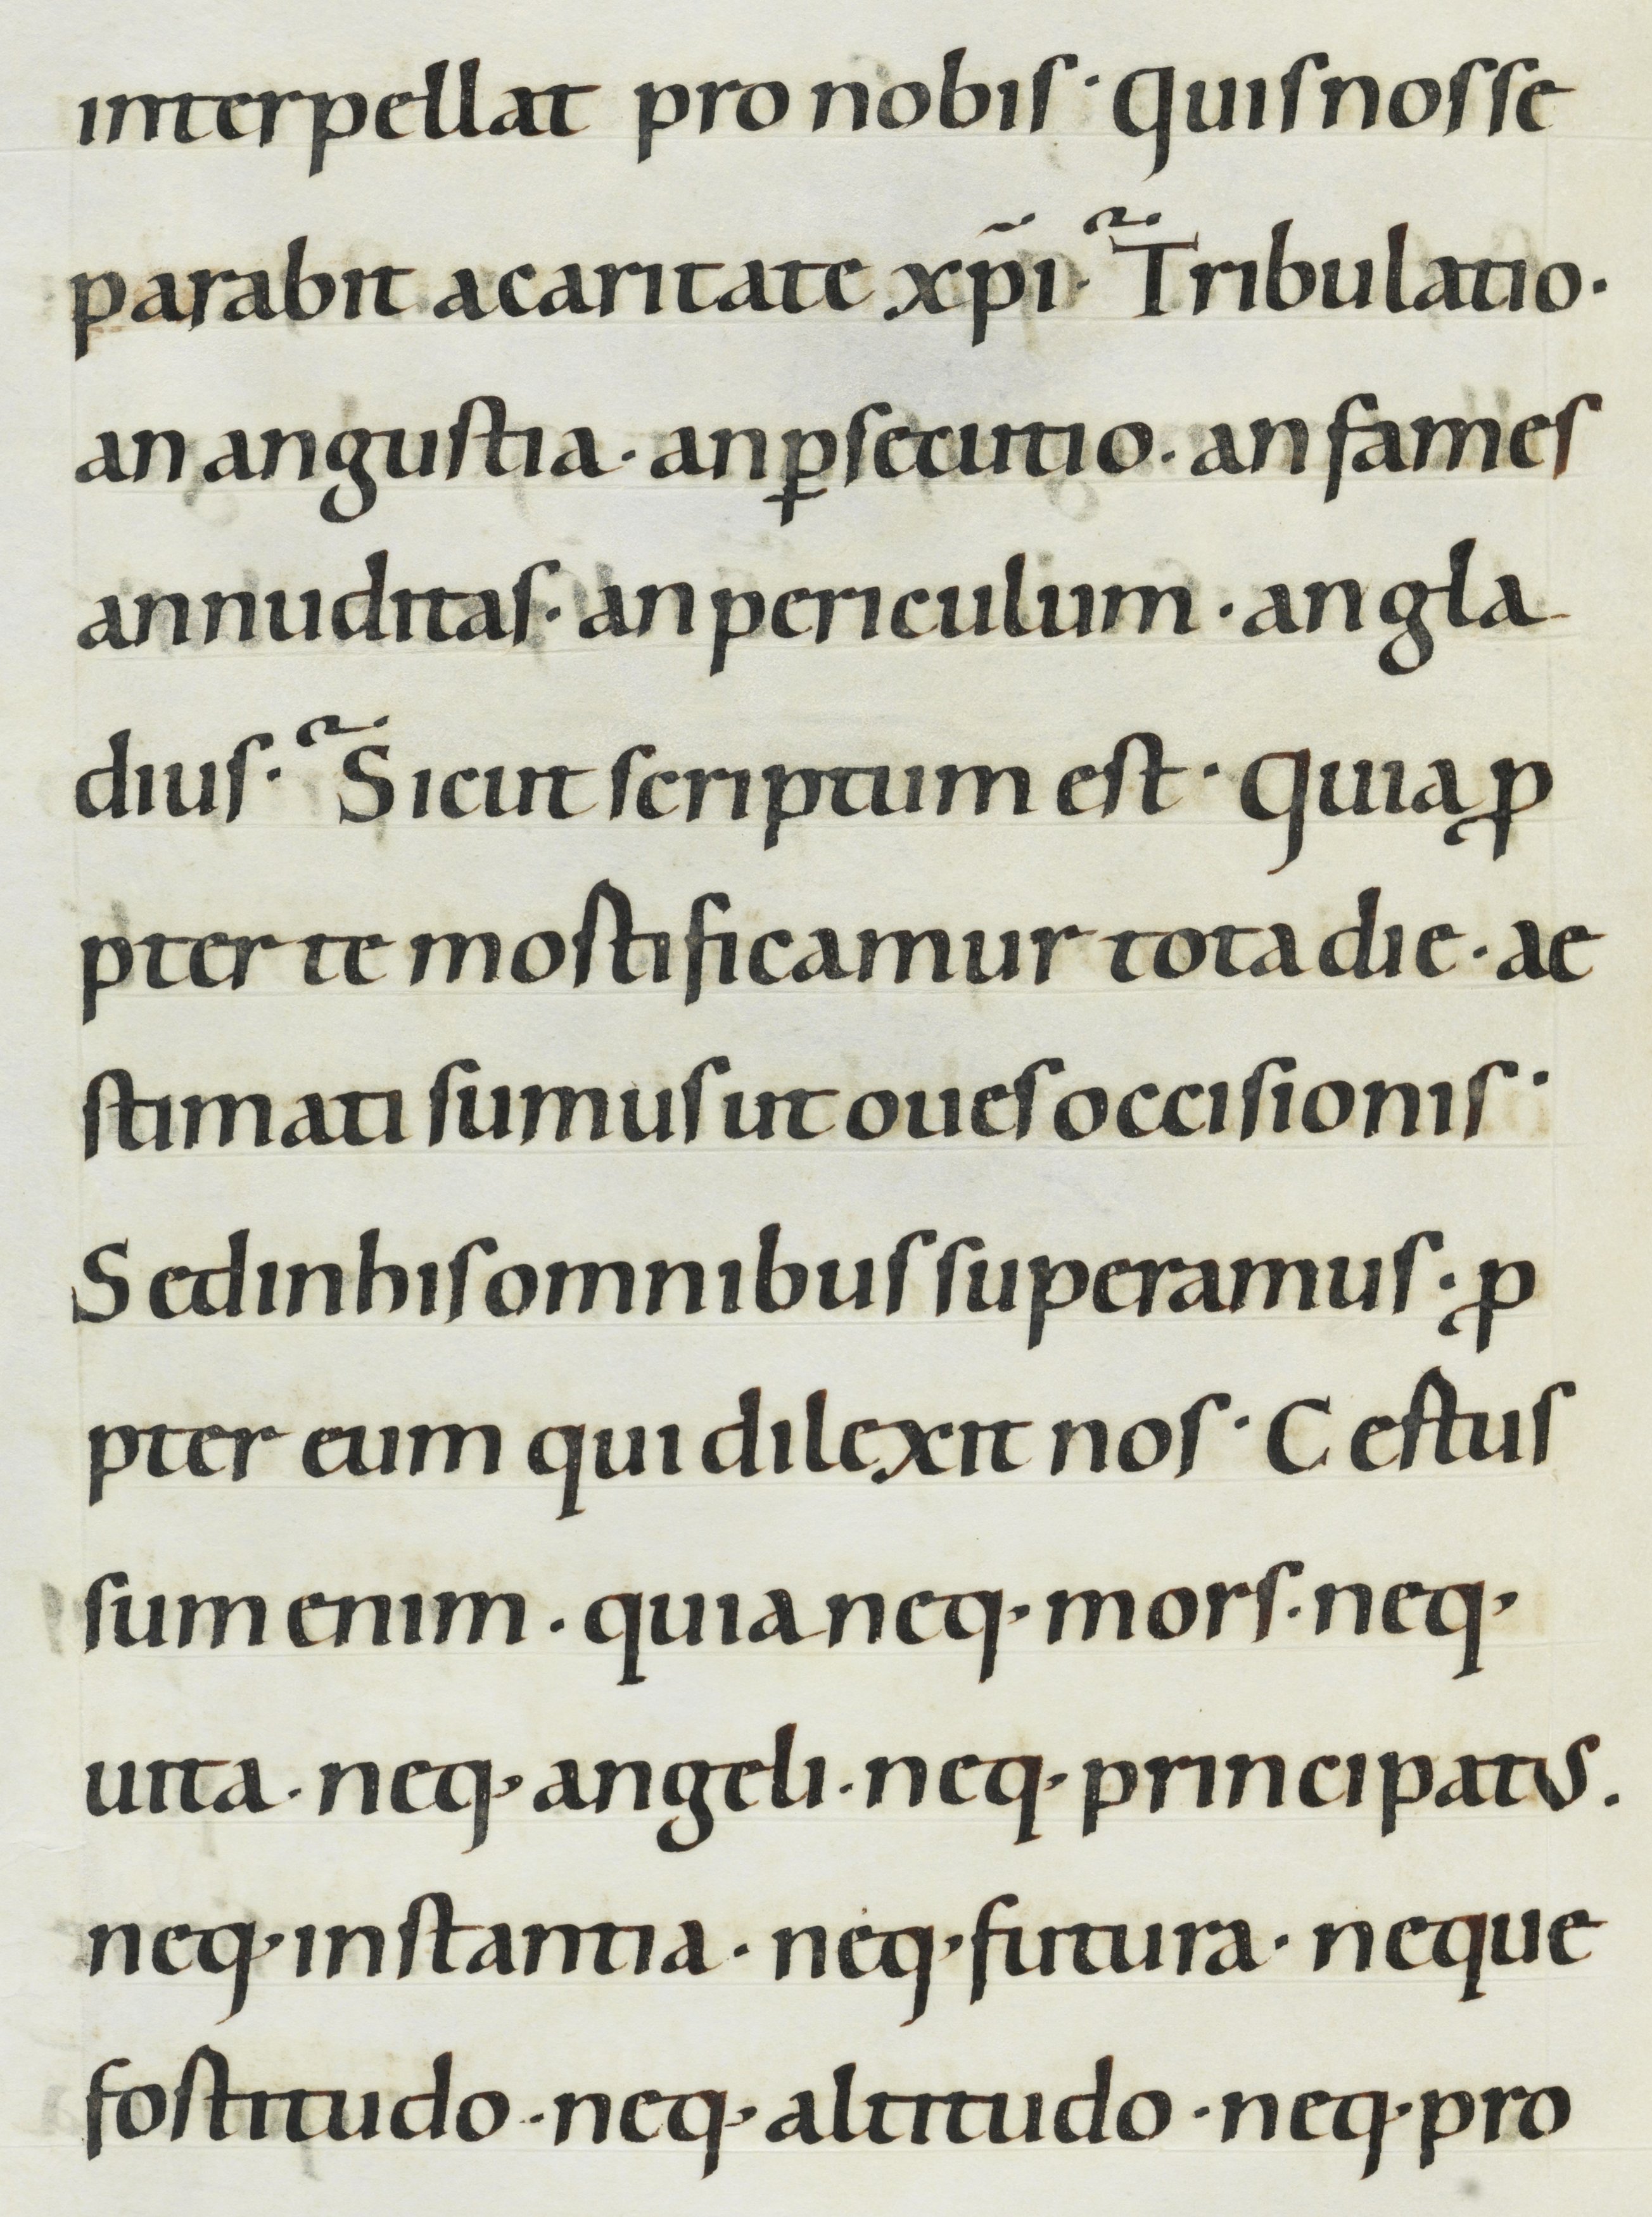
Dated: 1000–1049